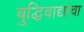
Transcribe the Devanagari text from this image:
बुद्धिवाद्यांचा